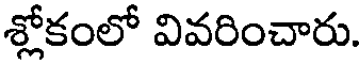
శ్లోకంలో వివరించారు.